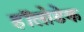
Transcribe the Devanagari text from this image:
हॉलोडेक